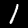
Label: 1